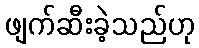
ဖျက်ဆီးခဲ့သည်ဟု